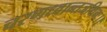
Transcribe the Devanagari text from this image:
चरणध्वान्तजथिनः।।